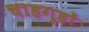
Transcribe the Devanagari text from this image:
चाहगृहों